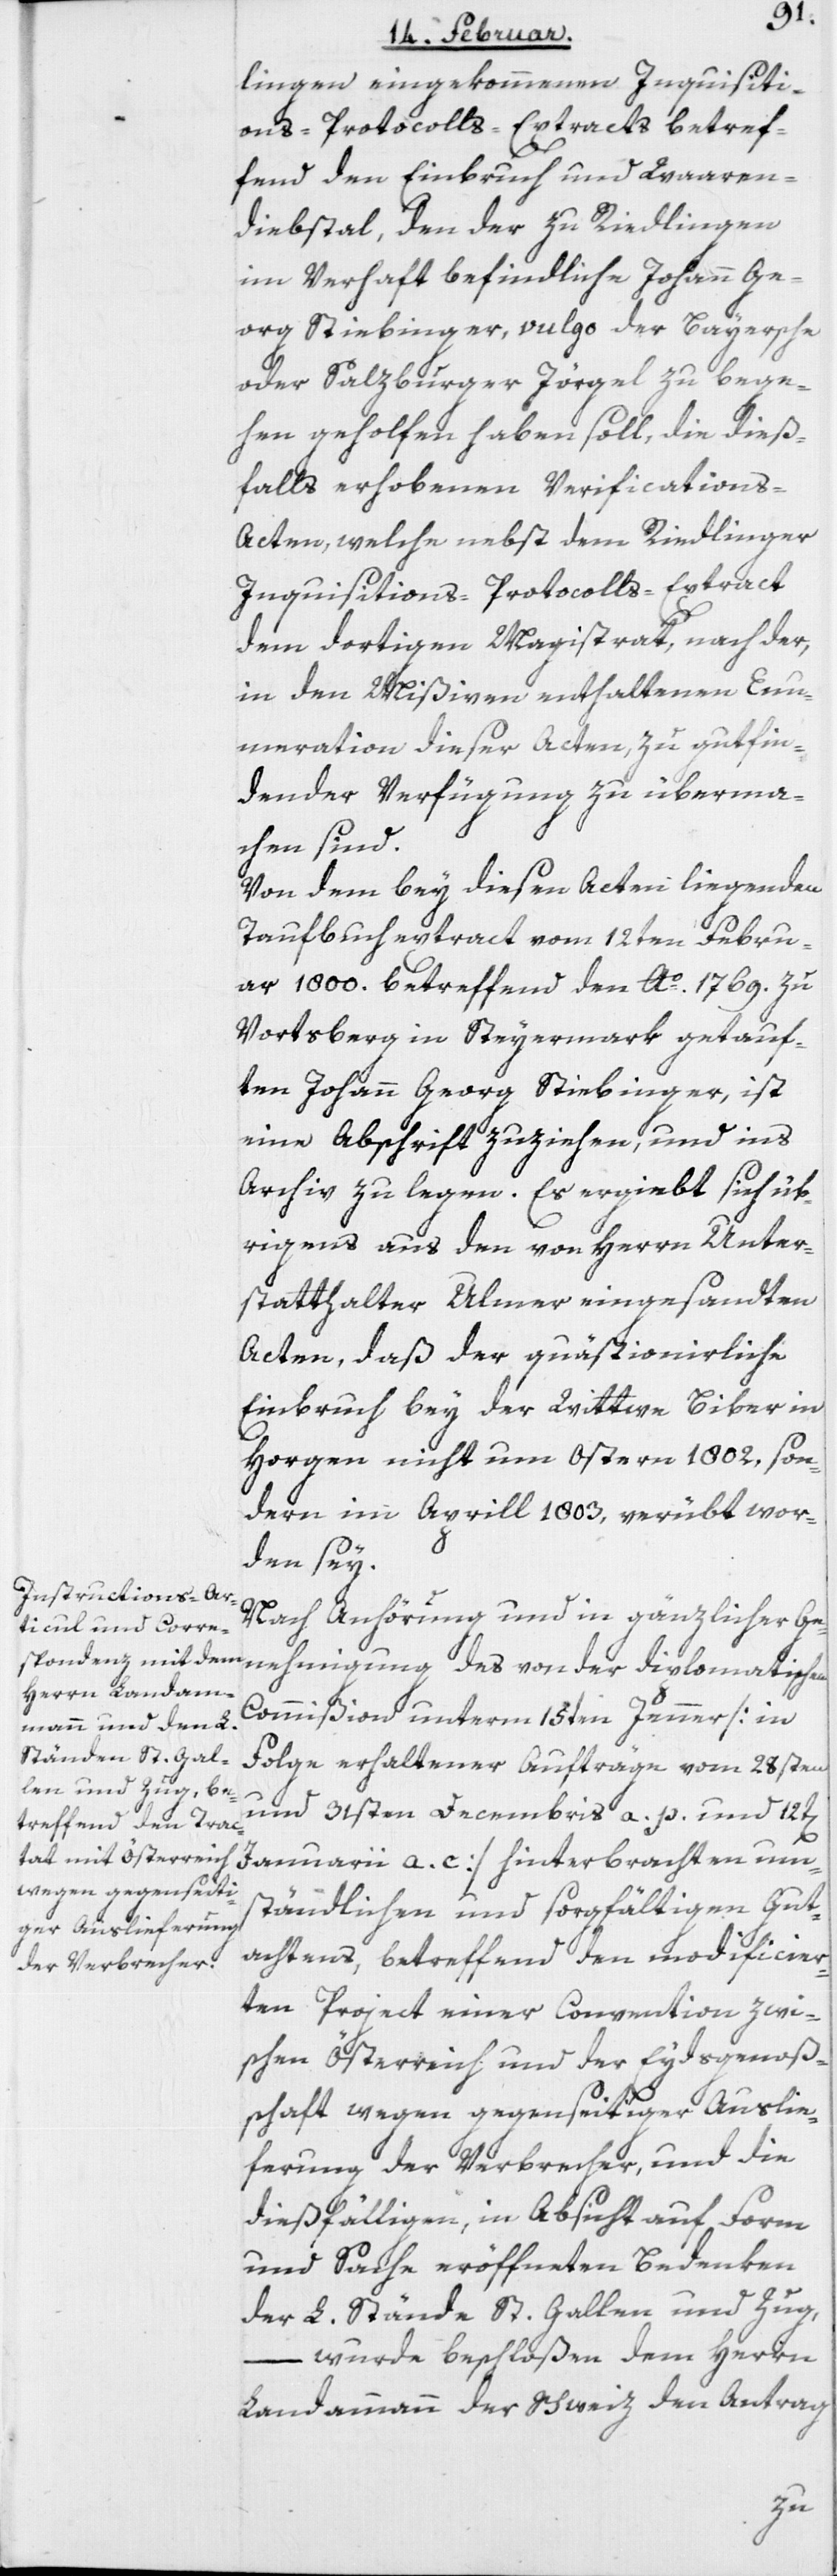
lingen eingekommenen Inquisiti¬
ons-Protocolls-Extracts betref¬
fend den Einbruch und Waaren¬
diebstal, den der zu Riedlingen
im Verhaft befindliche Johann Ge¬
org Stiebinger, vulgo der Bayersche
oder Salzburger Jörgel zu bege¬
hen geholfen haben soll, die dieß¬
falls erhobenen Verifications-A¬
cten, welche nebst dem Riedlinger
Inquisitions-Protocolls-Extract
dem dortigen Magistrat, nach der,
in den Mißiven enthaltenen Enu¬
meration dieser Acten, zu gutfin¬
dender Verfügung zu überma¬
chen sind.
Von dem bey diesen Acten liegendem
Taufbuchextract vom 12ten Febru¬
ar 1800. betreffend den Ao. 1769. zu
Vortsberg in Steyermark getauf¬
ten Johann Georg Stiebinger, ist
eine Abschrift zu ziehen und ins
Archiv zu legen. Es ergiebt sich üb¬
rigens aus den von Herrn Unter¬
statthalter Ulmer eingesandten
Acten, daß der quästionirliche
Einbruch bey der Wittwe Biber in
Horgen nicht um Ostern 1802, son¬
dern im Aprill 1803, verübt wor¬
den sey.
Nach Anhörung und in gänzlicher Ge¬
nehmigung des von der diplomatischen
Commißion unterm 15ten Jenner [in
Folge erhaltener Aufträge vom 28sten
und 31sten Decembris a. p. und 12t[en]
Januarii a. c.] hinterbrachten um¬
ständlichen und sorgfältigen Gut¬
achtens, betreffend den modificier¬
ten Project einer Convention zwi¬
schen Österreich und der Eydsgenoß¬
schaft wegen gegenseitiger Auslie¬
ferung der Verbrecher, und die
dießfälligen, in Absicht auf Form
und Sache eröffneten Bedenken
der L. Stände St. Gallen und Zug,
– wurde beschloßen dem Herrn
Landammann der Schweiz den Antrag